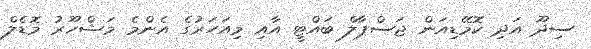
ސިދޫ އަދި ކޮމޭޑިއަން ޖަސްޕާލް ބައްޓީ އާއި މިއަހަރުގެ އެންމެ މަޝްހޫރު މޮޑެލް